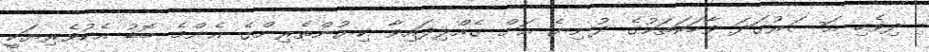
ދިވެހި އަސަރުގަދަ ވާހަކަތަކުގެ ދުނިޔެ އަށް ގެއްލިފައިވާ ކިޔުންތެރިންގެ އެންމެ ބޮޑު އެކުވެރިޔަކީ